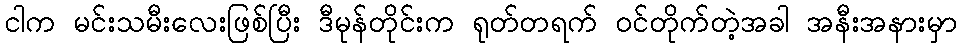
ငါက မင်းသမီးလေးဖြစ်ပြီး ဒီမုန်တိုင်းက ရုတ်တရက် ဝင်တိုက်တဲ့အခါ အနီးအနားမှာ